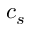
c _ { s }